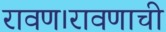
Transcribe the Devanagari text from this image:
रावण।रावणाची